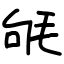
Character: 㲒